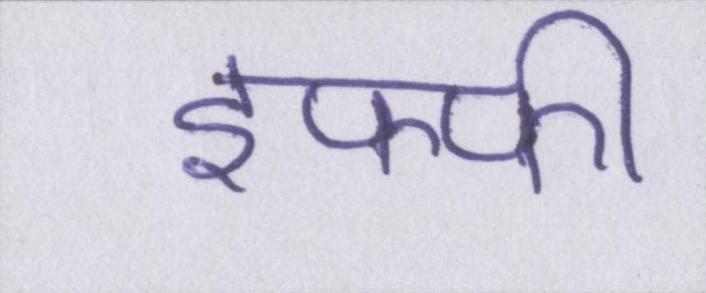
इफ्फी